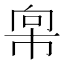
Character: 𫷇